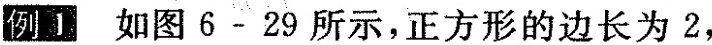
图6-29